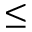
\leq